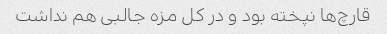
قارچ‌ها نپخته بود و در کل مزه جالبی هم نداشت